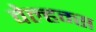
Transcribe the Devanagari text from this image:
वेल्हम्स